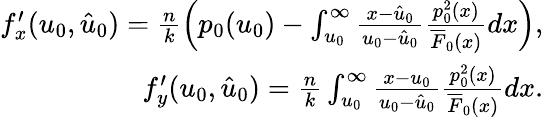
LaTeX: \begin{array}{r}{f_{x}^{\prime}(u_{0},\hat{u}_{0})=\frac{n}{k}\left(p_{0}(u_{0})-\int_{u_{0}}^{\infty}\frac{x-\hat{u}_{0}}{u_{0}-\hat{u}_{0}}\frac{p_{0}^{2}(x)}{\overline{{F}}_{0}(x)}dx\right),}\\ {f_{y}^{\prime}(u_{0},\hat{u}_{0})=\frac{n}{k}\int_{u_{0}}^{\infty}\frac{x-u_{0}}{u_{0}-\hat{u}_{0}}\frac{p_{0}^{2}(x)}{\overline{{F}}_{0}(x)}dx.}\end{array}